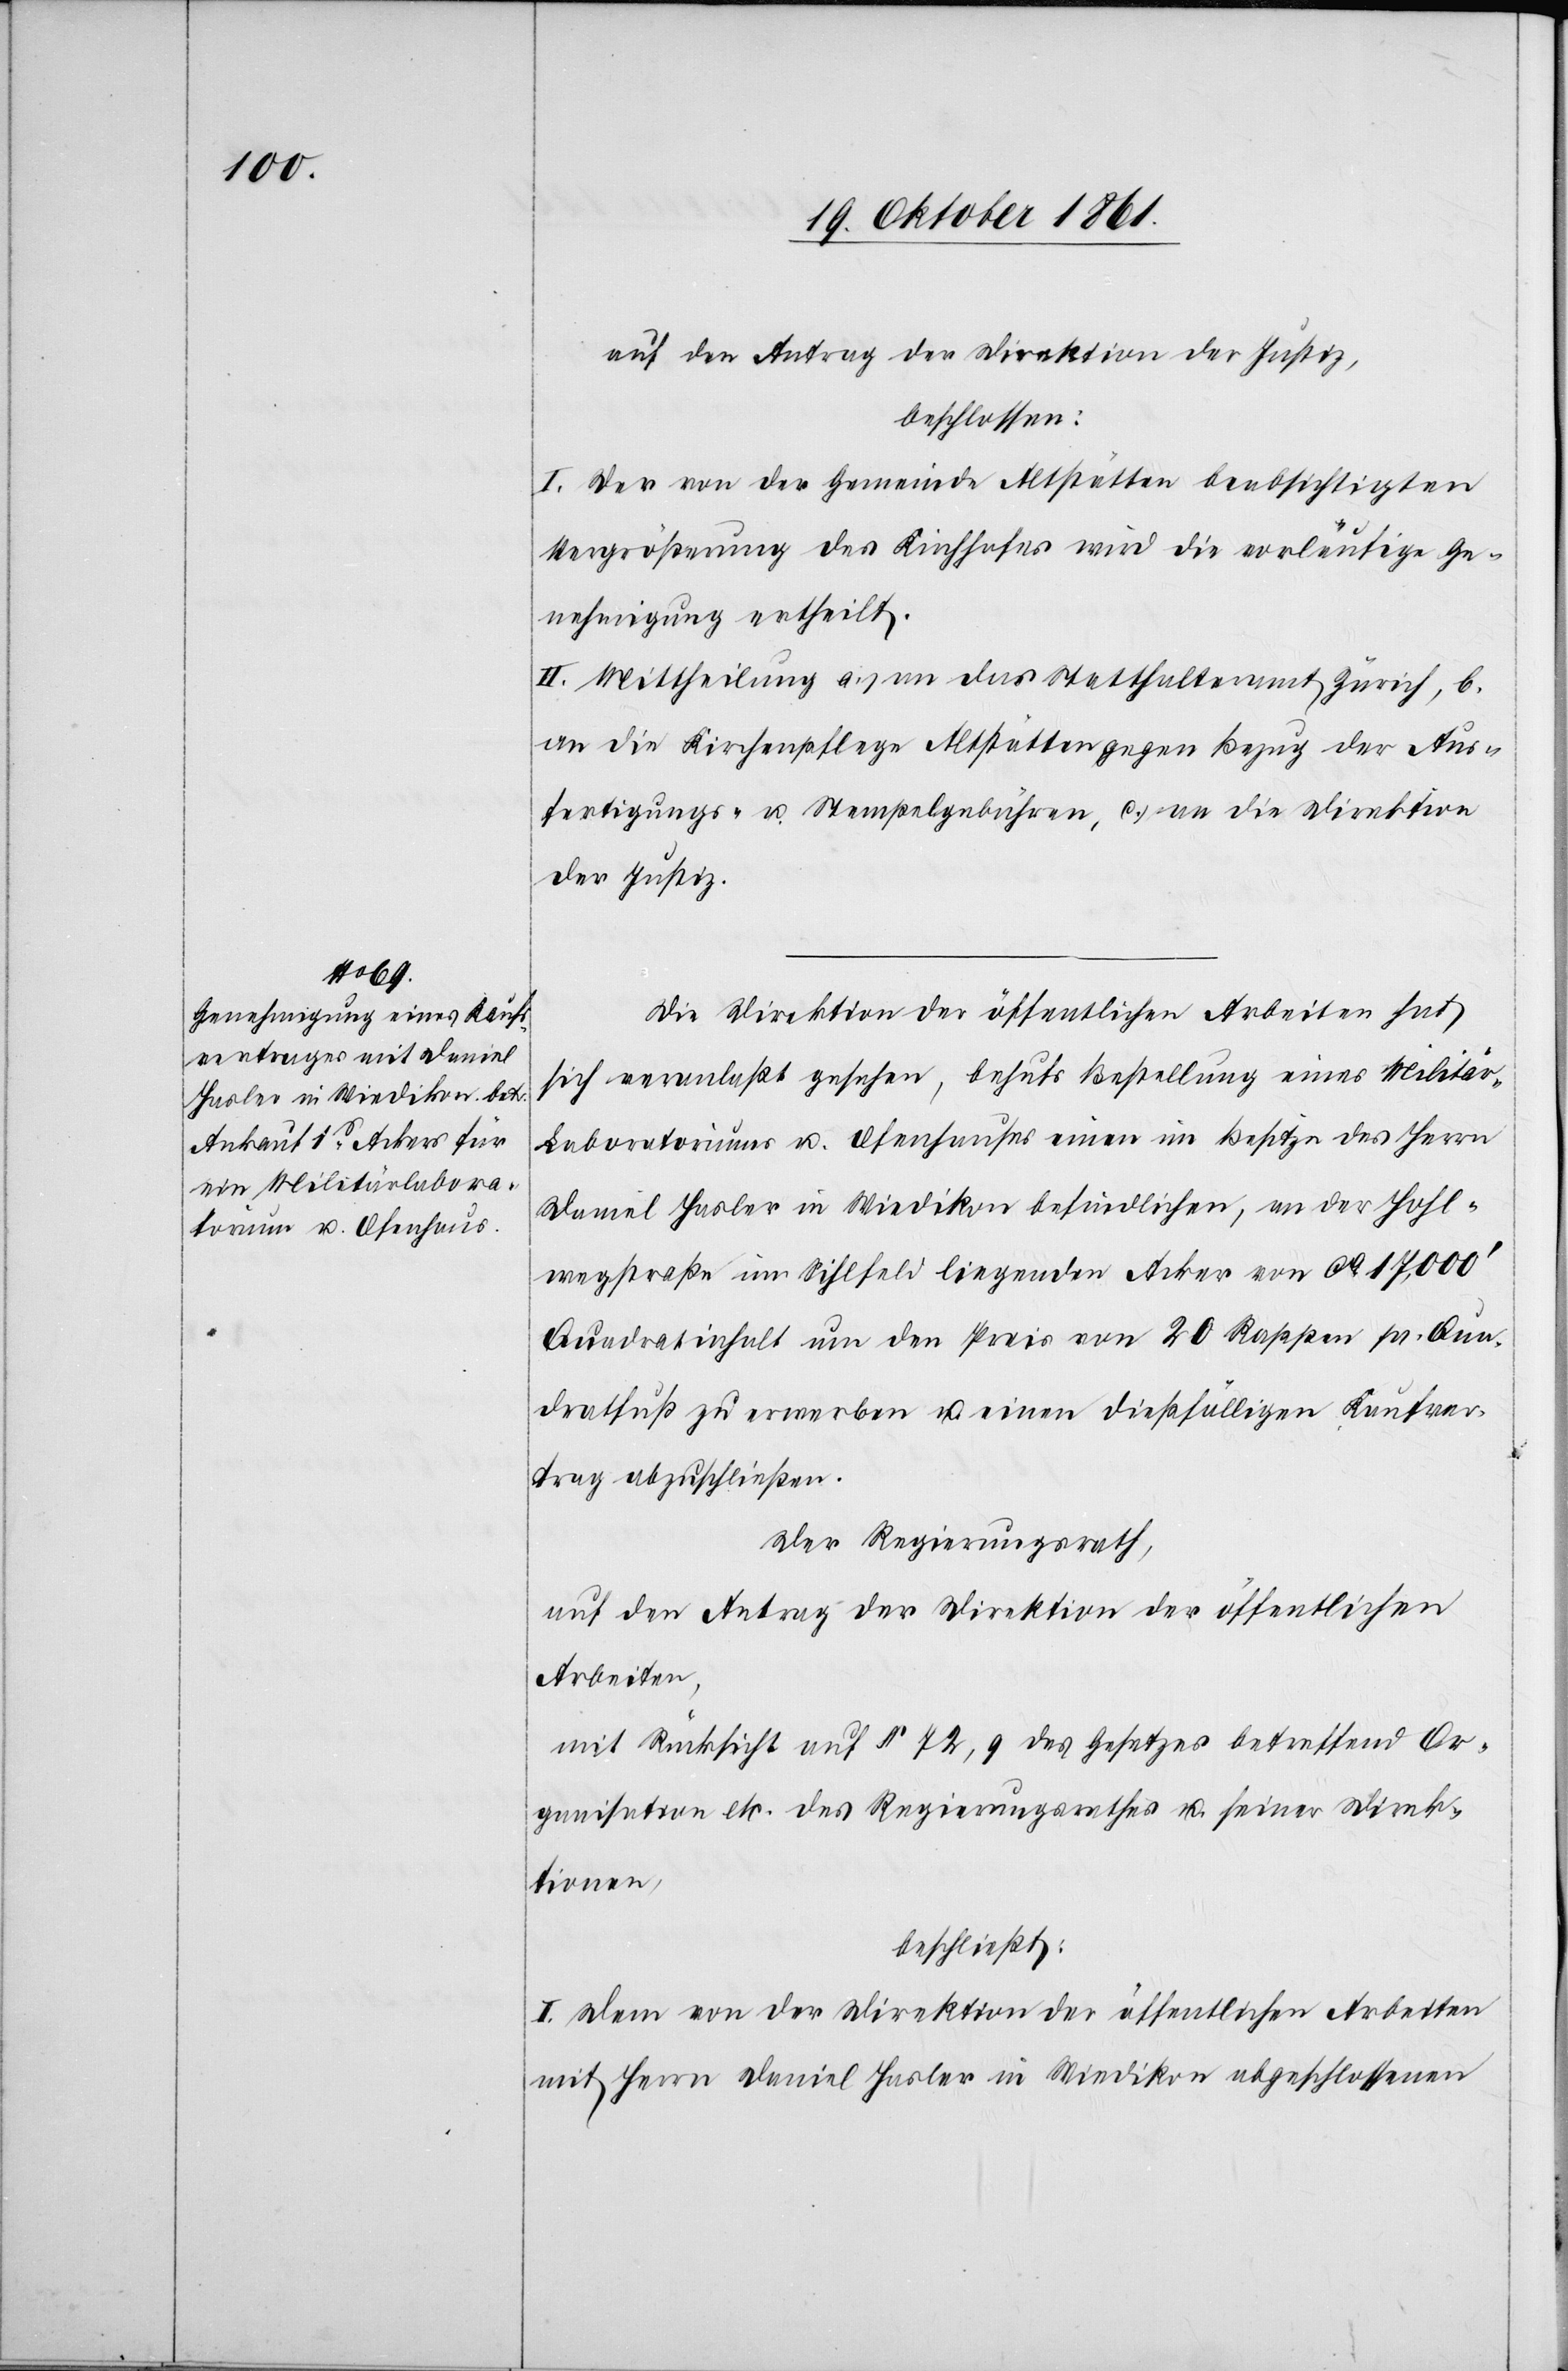
auf den Antrag der Direktion der Justiz,
beschlossen:
I. Der von der Gemeinde Altstätten beabsichtigten
Vergrößerung des Kirchhofes wird die vorläufige Ge¬
nehmigung ertheilt.
II. Mittheilung a) an das Statthalteramt Zürich, b.
an die Kirchenpflege Altstätten gegen Bezug der Aus¬
fertigungs- u. Stempelgebühren, c) an die Direktion
der Justiz.
Die Direktion der öffentlichen Arbeiten hat
sich veranlaßt gesehen, behufs Bestellung eines Militär-L¬
aboratoriums u. Ofenhauses einen im Besitze des Herrn
Daniel Hasler in Wiedikon befindlichen, an der Hohl¬
wegstraße im Sihlfeld liegenden Acker von ca 17,000’
Quadratinhalt um den Preis von 20 Rappen pr. Qua¬
dratfuß zu erwerben u. einen dießfälligen Kaufver¬
trag abzuschließen.
Der Regierungsrath,
auf den Antrag der Direktion der öffentlichen
Arbeiten,
mit Rücksicht auf § 72, 9 des Gesetzes betreffend Or¬
ganisation etc. des Regierungsrathes u. seiner Direk¬
tionen,
beschließt:
I. Dem von der Direktion der öffentlichen Arbeiten
mit Herrn Daniel Hasler in Wiedikon abgeschlossenen